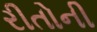
રીતોની